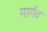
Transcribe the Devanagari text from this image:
मार्गव